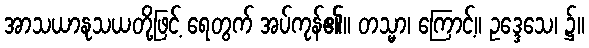
အာသယာနုသယတို့ဖြင့် ရေတွက် အပ်ကုန်၏။ တသ္မာ၊ ကြောင့်။ ဥဒ္ဒေသေ၊ ၌။